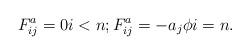
LaTeX: \begin{align*}F^a_{ij} = 0 i<n; F^a_{ij} = -a_j \phi i=n.\end{align*}